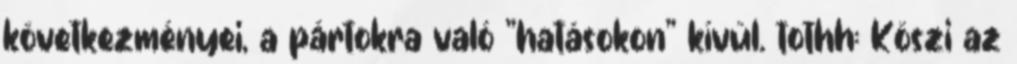
következményei, a pártokra való "hatásokon" kívül. tothh: Köszi az